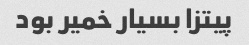
پیتزا بسیار خمیر بود